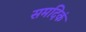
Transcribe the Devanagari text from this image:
समदिकं